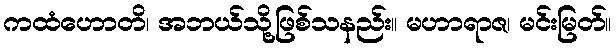
ကထံဟောတိ၊ အဘယ်သို့ဖြစ်သနည်း။ မဟာရာဇ၊ မင်းမြတ်။